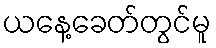
ယနေ့ခေတ်တွင်မူ